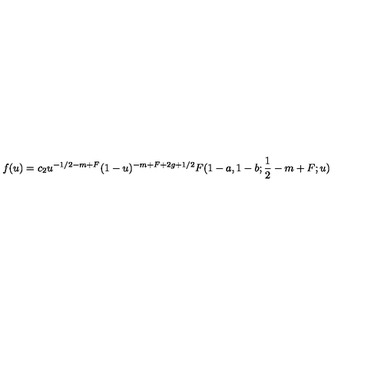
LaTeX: f ( u ) = c _ { 2 } u ^ { - 1 / 2 - m + F } ( 1 - u ) ^ { - m + F + 2 g + 1 / 2 } F ( 1 - a , 1 - b ; \frac 1 2 - m + F ; u )